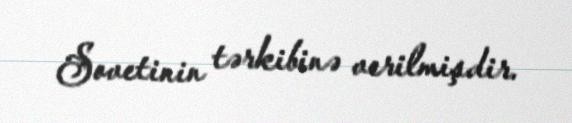
Sovetinin tərkibinə verilmişdir.